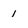
Character: 1